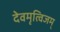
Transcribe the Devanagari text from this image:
देवमृत्विजम्